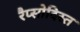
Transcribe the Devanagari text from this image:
रैप्सोदिस्त